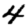
Digit: 4